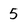
Character: 5